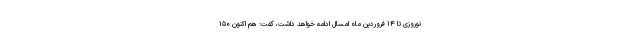
نوروزی تا ۱۴ فروردین ماه امسال ادامه خواهد داشت، گفت: هم اکنون ۱۵۰